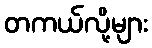
တကယ်လို့များ